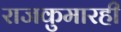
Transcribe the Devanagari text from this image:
राजकुमारही